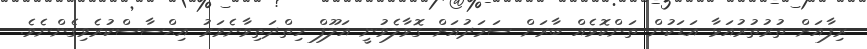
ރިފާއަށް ތުރުތުރުއަޅާ އަޑަކުން ތަންކޮޅެއް ބާރަށް ސަމަދުއަށް ގޮވާލެވުނީ އަލޫފް ހިތްދަތިވާނެވަރު އިޙްސާސްކުރެވިގެންނެވެ.